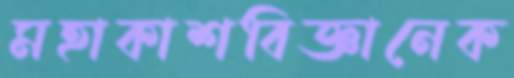
মহাকাশবিজ্ঞানেক